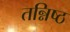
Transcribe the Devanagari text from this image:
तन्निष्ठ